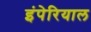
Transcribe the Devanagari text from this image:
इंपेरियाल